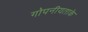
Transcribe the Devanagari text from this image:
गोपनीयताके